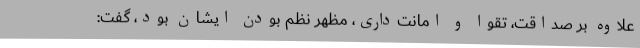
علاوه بر صداقت، تقوا و امانت‌داری، مظهر نظم بودن ایشان بود، گفت: